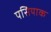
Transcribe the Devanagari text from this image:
पसियाक